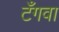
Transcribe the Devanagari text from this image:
टँगवा